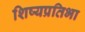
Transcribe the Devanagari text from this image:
शिष्यप्रतिभा